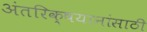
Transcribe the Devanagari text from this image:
अंतरिक्षयानांसाठी